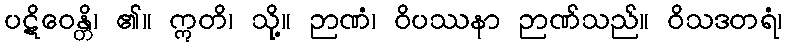
ပဋိဝေန္တိ၊ ၏။ ဣတိ၊ သို့။ ဉာဏံ၊ ဝိပဿနာ ဉာဏ်သည်။ ဝိသဒတရံ၊